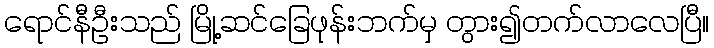
ရောင်နီဦးသည် မြို့ဆင်ခြေဖုန်းဘက်မှ တွား၍တက်လာလေပြီ။